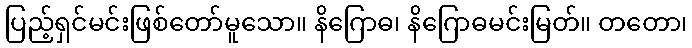
ပြည့်ရှင်မင်းဖြစ်တော်မူသော။ နိဂြောဓ၊ နိဂြောဓမင်းမြတ်။ တတော၊